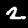
Label: 2